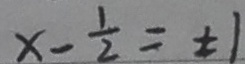
x - \frac { 1 } { 2 } = \pm 1